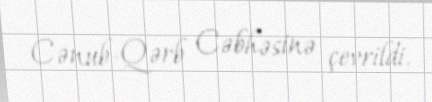
Cənub-Qərb Cəbhəsinə çevrildi.